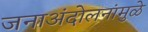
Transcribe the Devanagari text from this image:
जनाअंदोलनांमुळे